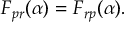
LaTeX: F _ { p r } ( \alpha ) = F _ { r p } ( \alpha ) .